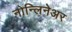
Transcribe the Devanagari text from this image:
नोन्लिनेअर